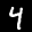
Label: 4